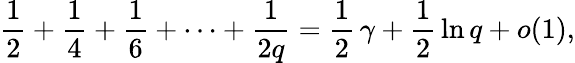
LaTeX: {\frac{1}{2}}+{\frac{1}{4}}+{\frac{1}{6}}+\cdots+{\frac{1}{2q}}={\frac{1}{2}}\, \gamma+{\frac{1}{2}}\ln q+o(1),